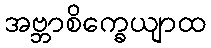
အဗ္ဘာစိက္ခေယျာထ